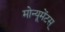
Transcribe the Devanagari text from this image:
मोन्यूमेंटस्